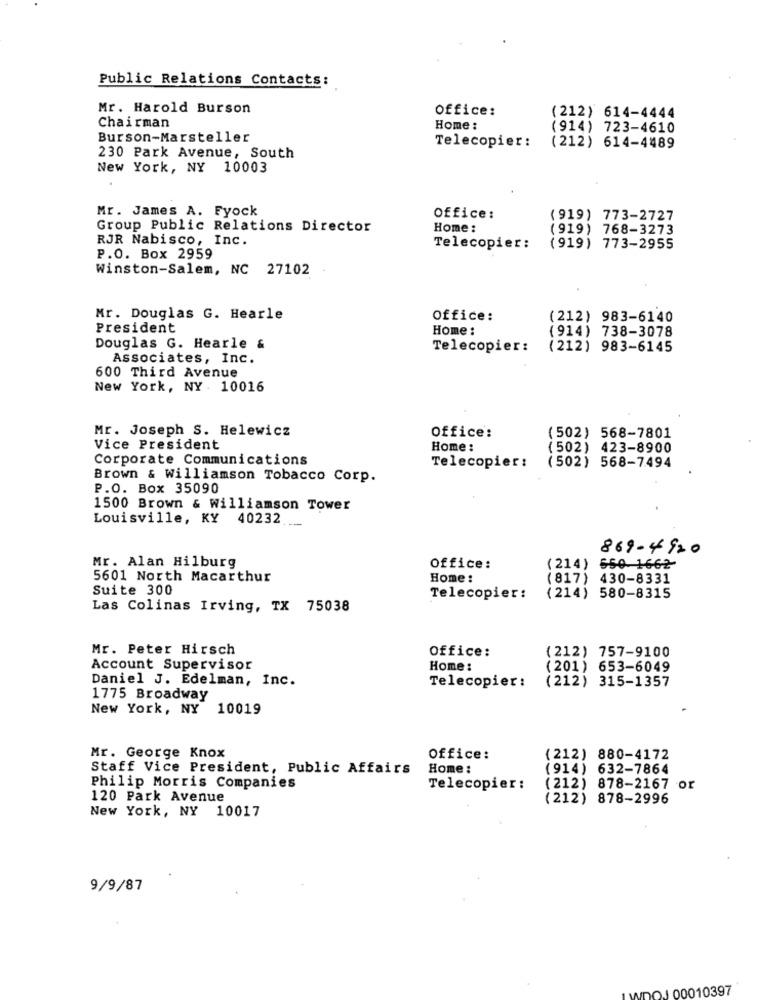
Public Relations Contacts:
Mr. Harold Burson
Office:
(212) 614-4444
Chairman
Home :
(914) 723-4610
Burson-Marsteller
Telecopier :
(212) 614-4489
230 Park Avenue, South
New York, NY 10003
Mr. James A. Fyock
Office:
(919) 773-2727
Group Public Relations Director
Home :
(919) 768-3273
RJR Nabisco, Inc.
Telecopier:
(919) 773-2955
P.O. Box 2959
Winston-Salem, NC 27102
Mr. Douglas G. Hearle
Office:
(212) 983-6140
President
Home :
(914) 738-3078
Douglas G. Hearle &
Telecopier:
(212) 983-6145
Associates, Inc.
600 Third Avenue
New York, NY . 10016
Mr. Joseph S. Helewicz
Office:
(502) 568-7801
Vice President
Home:
(502) 423-8900
Corporate Communications
Telecopier:
(502) 568-7494
Brown & Williamson Tobacco Corp.
P.O. Box 35090
1500 Brown & Williamson Tower
Louisville, KY 40232
869-4920
Mr. Alan Hilburg
Office:
(214) 650 1662
5601 North Macarthur
Home:
(817) 430-8331
Suite 300
Telecopier:
(214) 580-8315
Las Colinas Irving, TX 75038
Mr. Peter Hirsch
Office:
(212) 757-9100
Account Supervisor
Home:
(201) 653-6049
Daniel J. Edelman, Inc.
(212) 315-1357
Telecopier :
1775 Broadway
New York, NY 10019
Mr. George Knox
Office:
(212) 880-4172
Staff Vice President, Public Affairs
Home :
(914) 632-7864
Philip Morris Companies
Telecopier :
(212) 878-2167 or
120 Park Avenue
(212) 878-2996
New York, NY 10017
9/9/87
IDOJ 00010397